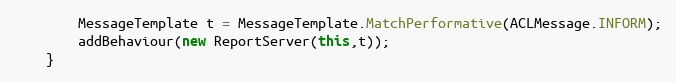
Language: Java
		MessageTemplate t = MessageTemplate.MatchPerformative(ACLMessage.INFORM);
		addBehaviour(new ReportServer(this,t));
	}